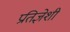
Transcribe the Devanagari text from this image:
प्रतिज्ञेशी